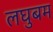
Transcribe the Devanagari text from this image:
लघुबम